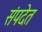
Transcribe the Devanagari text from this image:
संपदेत